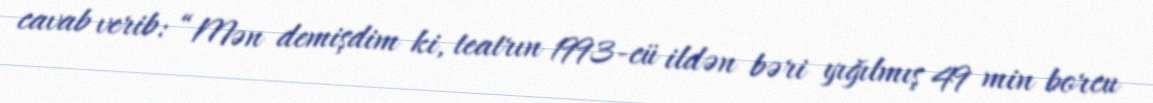
cavab verib: “Mən demişdim ki, teatrın 1993-cü ildən bəri yığılmış 49 min borcu